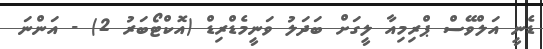
ޑެނީ އަލްވޭސް ޕްރިމިއާ ލީގަށް ބަދަލު ވަނީމެޑްރިޑް (އޮކްޓޯބަރު 2) - އަންނަ